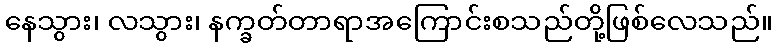
နေသွား၊ လသွား၊ နက္ခတ်တာရာအကြောင်းစသည်တို့ဖြစ်လေသည်။